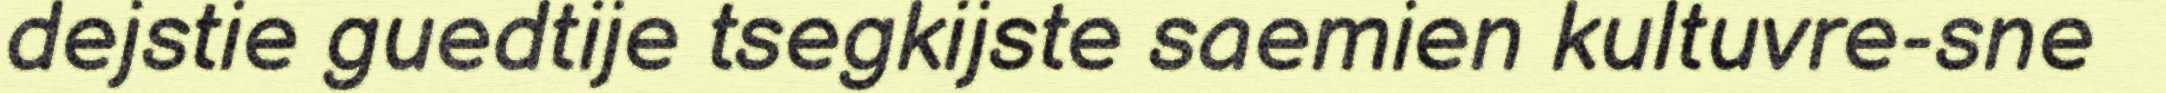
dejstie guedtije tsegkijste saemien kultuvre-sne